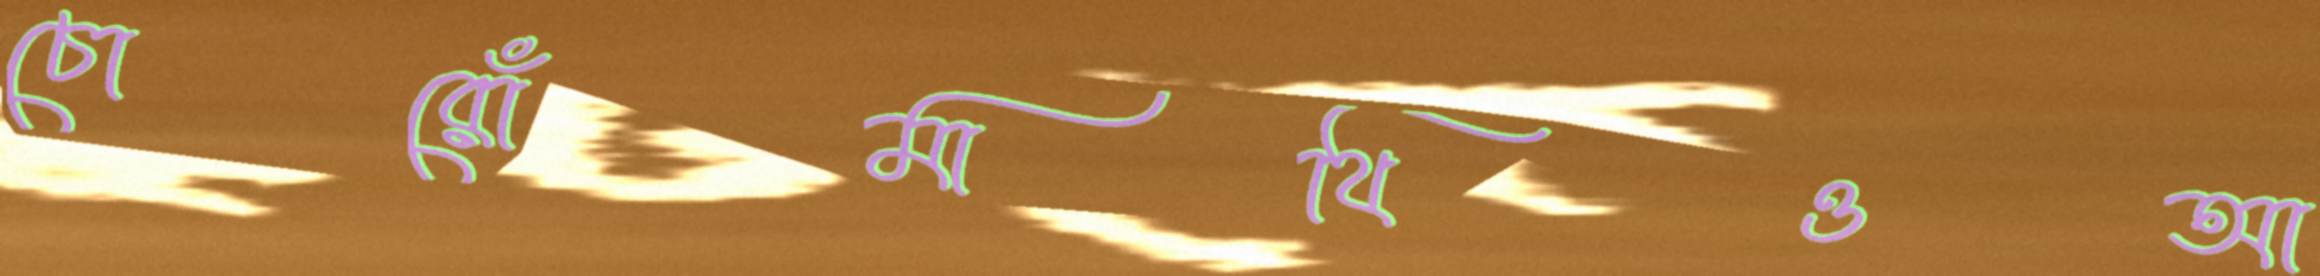
চোরোঁমাথিওআ